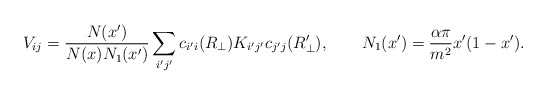
\begin{align*}V_{ij}={N(x')\over N(x)N_1(x')}\sum_{i'j'} c_{i'i}(R_{\perp}) K_{i'j'} c_{j'j}(R'_{\perp}),\qquad N_1(x')={\alpha\pi\over m^2} x'(1-x').\end{align*}